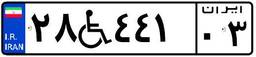
۲۸W۴۴۱۰۳